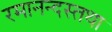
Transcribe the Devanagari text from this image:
रमानन्दस्तथा